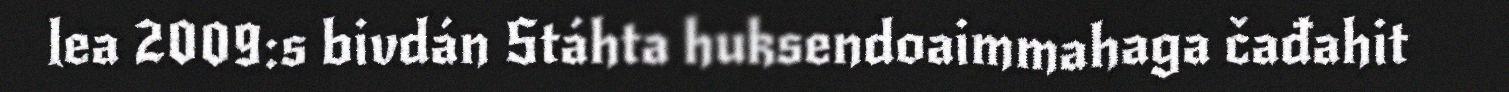
lea 2009:s bivdán Stáhta huksendoaimmahaga čađahit